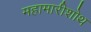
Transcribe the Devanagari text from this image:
महामारीशोथ